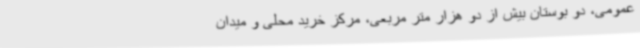
عمومی، دو بوستان بیش از دو هزار متر مربعی، مرکز خرید محلی و میدان